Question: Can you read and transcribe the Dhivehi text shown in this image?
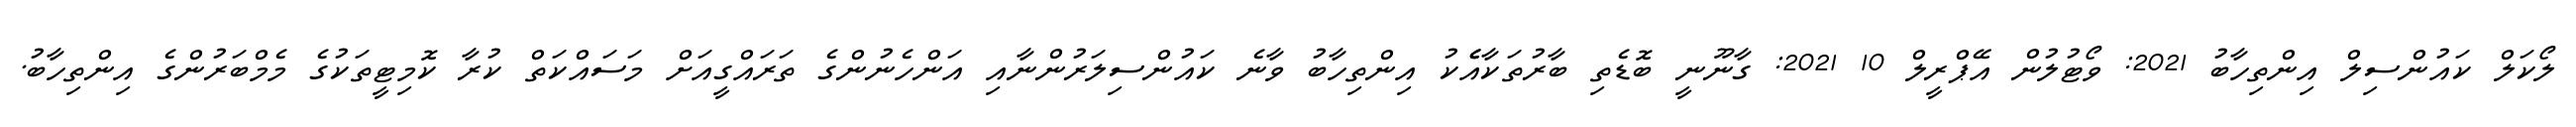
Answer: ލޯކަލް ކައުންސިލް އިންތިހާބު 2021: ވޯޓުލުން އޭޕްރީލް 10 2021: ގާނޫނީ ބޮޑެތި ބާރުތަކާއެެކު އިންތިހާބު ވާނެ ކައުންސިލަރުންނާއި އަންހެނުންގެ ތަރައްގީއަށް މަސައްކަތް ކުރާ ކޮމިޓީތަކުގެ މެމްބަރުންގެ އިންތިހާބު.